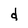
Character: d